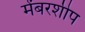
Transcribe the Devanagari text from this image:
मेंबरशीप